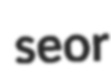
seor